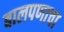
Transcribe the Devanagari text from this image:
बालपणाचा